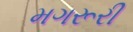
મગરૂરી